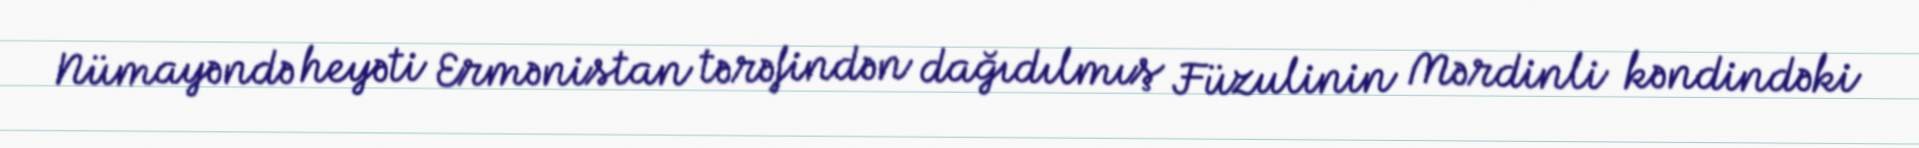
Nümayəndə heyəti Ermənistan tərəfindən dağıdılmış Füzulinin Mərdinli kəndindəki